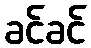
ခင်ခင်